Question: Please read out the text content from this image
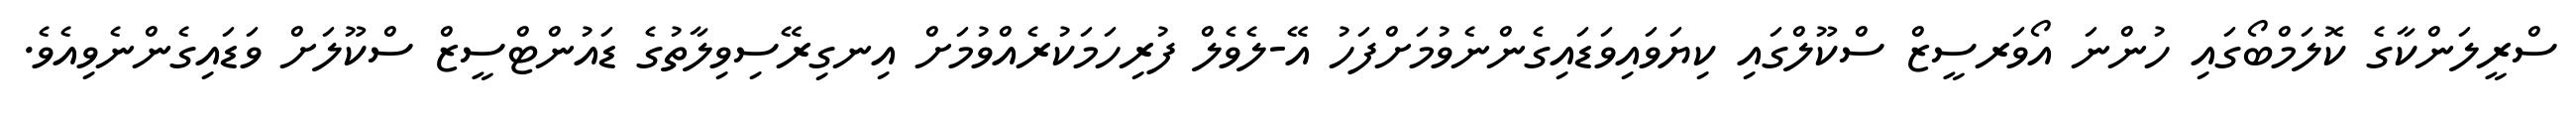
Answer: ސްރީލަންކާގެ ކޮލަމްބޯގައި ހުންނަ އޯވަރސީޒް ސްކޫލްގައި ކިޔަވައިވަޑައިގެންނެވުމަށްފަހު އޭ-ލެވެލް ފުރިހަމަކުރެއްވުމަށް އިނގިރޭސިވިލާތުގެ ޑައުންޓްސީޒް ސްކޫލަށް ވަޑައިގެންނެވިއެވެ.